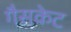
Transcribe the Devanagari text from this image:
गैसकेट